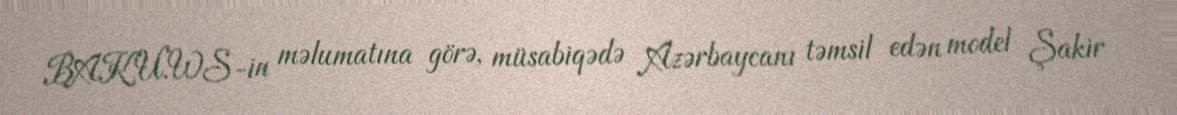
BAKU.WS-in məlumatına görə, müsabiqədə Azərbaycanı təmsil edən model Şakir